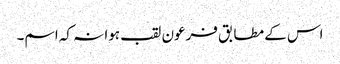
اس کے مطابق فرعون لقب ہوا نہ کہ اسم۔